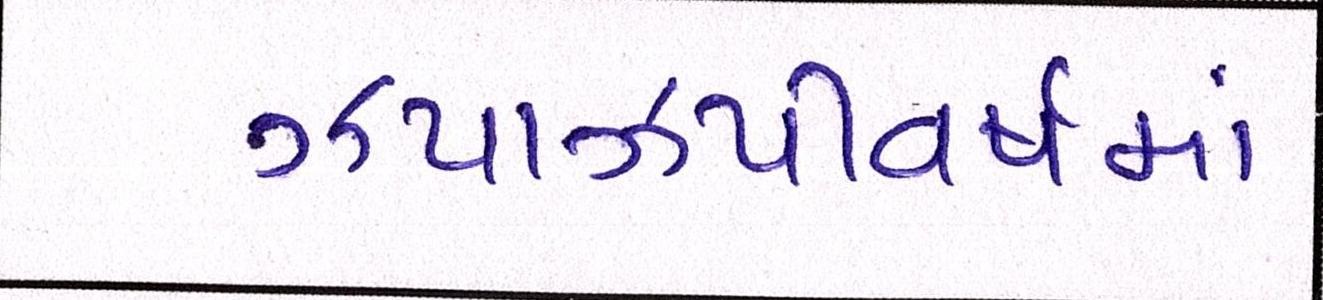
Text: ઝપાઝપીવર્ષમાં